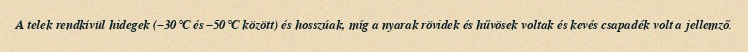
A telek rendkívül hidegek (–30°C és –50°C között) és hosszúak, míg a nyarak rövidek és hűvösek voltak és kevés csapadék volt a jellemző.